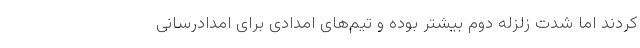
کردند اما شدت زلزله دوم بیشتر بوده و تیم‌های امدادی برای امدادرسانی